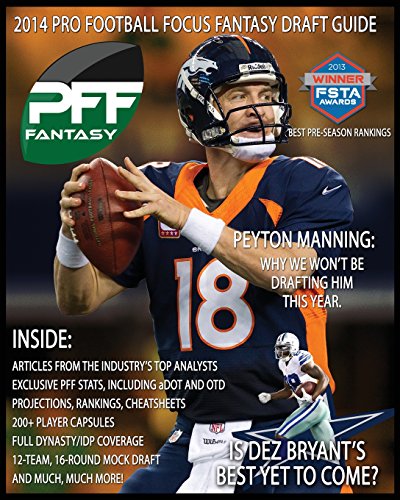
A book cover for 2014 Pro Football Focus Fantasy Draft Guide: July Update of the 2014 PFF Fantasy Draft Guide; Mike Clay; Humor & Entertainment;